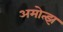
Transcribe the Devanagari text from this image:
अमोत्झ